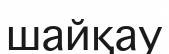
шайқау